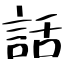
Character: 話